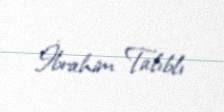
İbrahim Talıblı